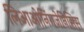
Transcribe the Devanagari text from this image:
लिआओनिंगजेनिसिस